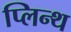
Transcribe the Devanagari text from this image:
प्लिन्थ